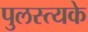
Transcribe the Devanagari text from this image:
पुलस्त्यके